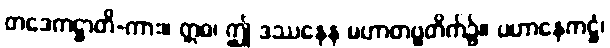
တဒေကဋ္ဌာတိ-ကား။ ဣဓ၊ ဤ ဒဿနေန မဟာတဗ္ဗတိက်၌။ ပဟာနေကဋ္ဌံ၊